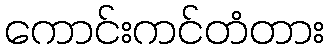
ကောင်းကင်တံတား